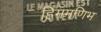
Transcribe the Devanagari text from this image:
हिममणिभ